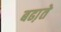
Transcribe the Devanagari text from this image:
बढा़ते